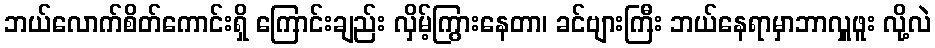
ဘယ်လောက်စိတ်ကောင်းရှိ ကြောင်းချည်း လှိမ့်ကြွားနေတာ၊ ခင်ဗျားကြီး ဘယ်နေရာမှာဘာလှူဖူး လို့လဲ